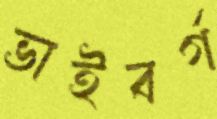
ভাইবর্গ